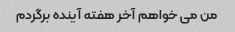
من می خواهم آخر هفته آینده برگردم